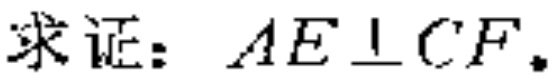
求证：\(AE\perp CF\)。